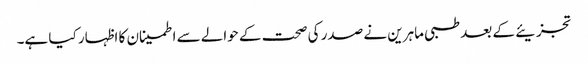
تجزیئے کے بعد طبی ماہرین نے صدر کی صحت کے حوالے سے اطمینان کا اظہار کیا ہے۔